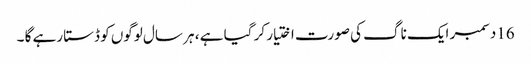
16دسمبر ایک ناگ کی صورت اختیار کر گیا ہے ، ہر سال لوگوں کو ڈستا رہے گا ۔